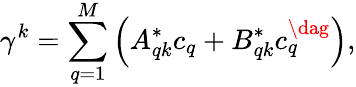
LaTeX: \gamma^{k}=\sum_{q=1}^{M}\left(A_{qk}^{*}c_{q}+B_{qk}^{*}c_{q}^{\dag}\right),